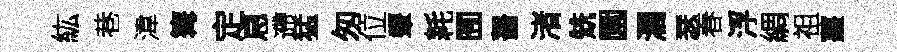
紘巷湋篝定㤙遰猛匆位顰耗囿齧渚兟園濶瑟春浮綢祖薑